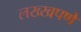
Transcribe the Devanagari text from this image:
लख्खपणे